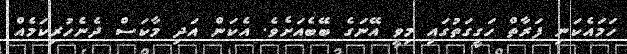
ހަމައެކަނި ފަރާތް ހަގީގަތުގައި މިވީ އޭނަގެ ބޭބެއަށެވެ. އެކަން އަދި މާކަސް ދެނެހުރިކަމެއް